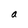
Character: a